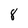
Character: 8